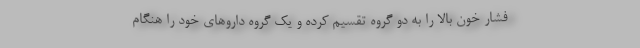
فشار خون بالا را به دو گروه تقسیم کرده و یک گروه داروهای خود را هنگام